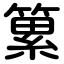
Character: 䉂